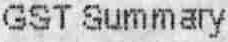
GST SUMMARY